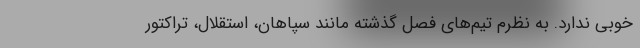
خوبی ندارد. به نظرم تیم‌های فصل گذشته مانند سپاهان، استقلال، تراکتور